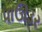
પાઊડર